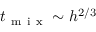
t _ { \mathrm { ~ m ~ i ~ x ~ } } \sim h ^ { 2 / 3 }